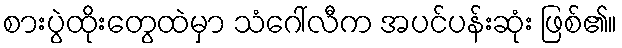
စားပွဲထိုးတွေထဲမှာ သံဂေါ်လီက အပင်ပန်းဆုံး ဖြစ်၏။